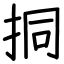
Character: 挏